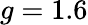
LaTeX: g=1.6